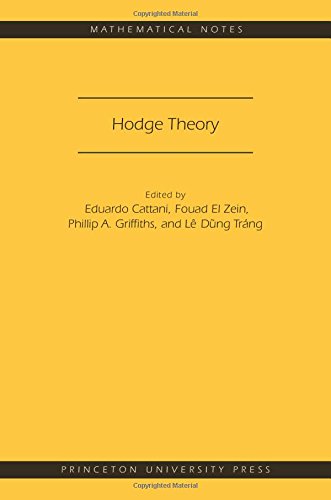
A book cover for Hodge Theory (MN-49): (Mathematical Notes); Eduardo Cattani; Science & Math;